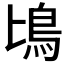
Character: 𩾕